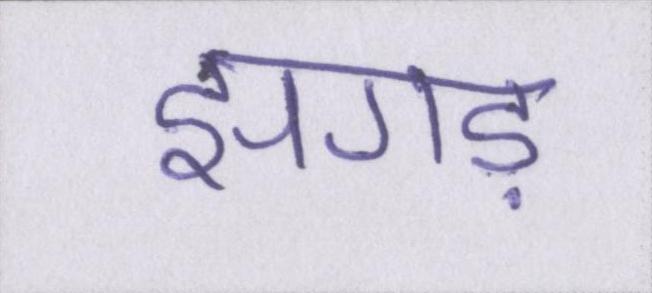
झगड़